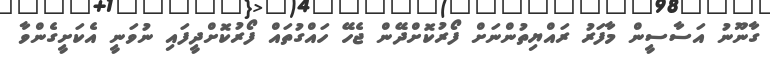
ގާނޫނު އަސާސީން މާފަރު ރައްޔިތުންނަށް ފޯރުކޮށްދޭން ޖެހޭ ހައްގުތައް ފޯރުކޮށްދީފައި ނުވަނީ އެކަށީގެންވާ